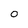
Character: O